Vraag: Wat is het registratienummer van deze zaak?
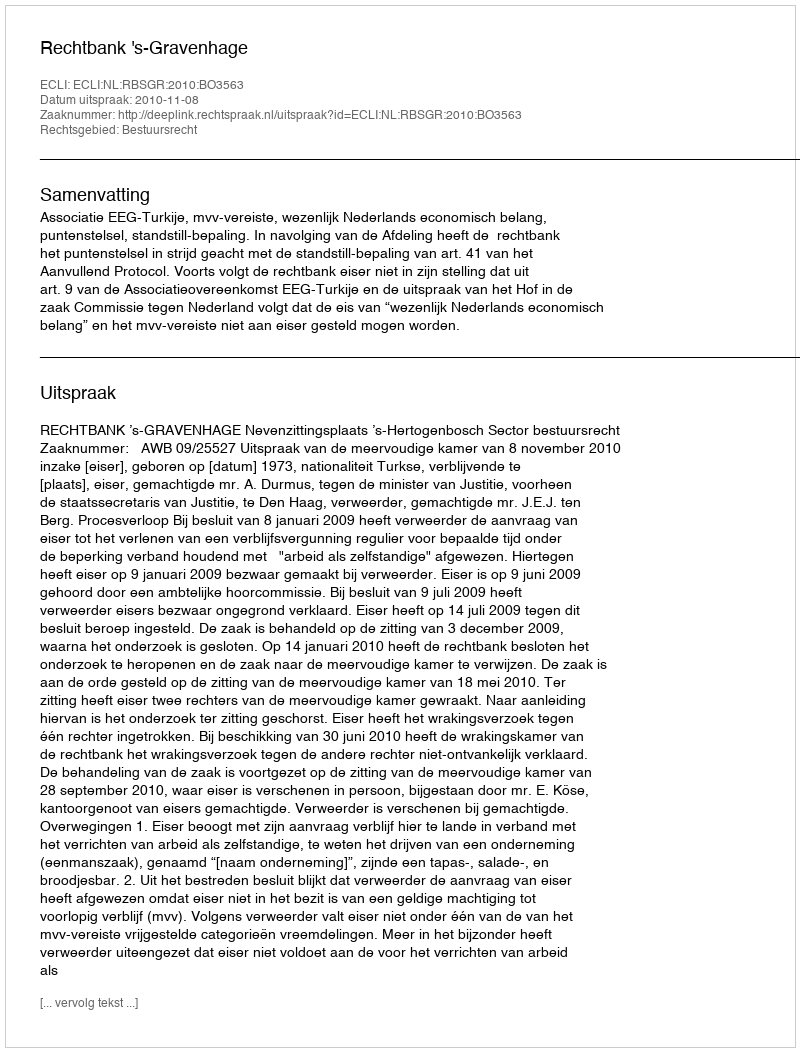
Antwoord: http://deeplink.rechtspraak.nl/uitspraak?id=ECLI:NL:RBSGR:2010:BO3563